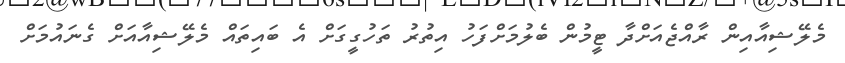
މެލޭޝިއާއިން ރާއްޖެއަށްދާ ޓީމުން ބެލުމަށްފަހު އިތުރު ތަހުގީގަށް އެ ބައިތައް މެލޭޝިއާއަށް ގެނައުމަށް